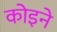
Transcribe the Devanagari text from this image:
कोइने